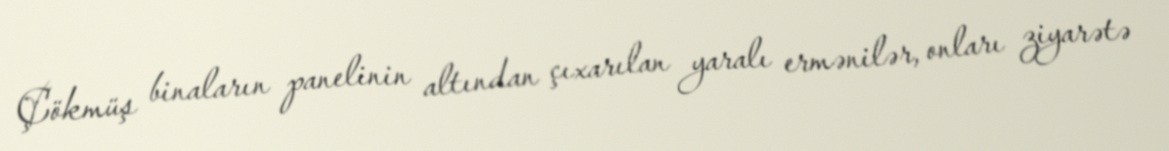
Çökmüş binaların panelinin altından çıxarılan yaralı ermənilər, onları ziyarətə